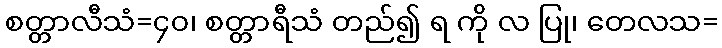
စတ္တာလီသံ=၄၀၊ စတ္တာရီသံ တည်၍ ရ ကို လ ပြု၊ တေလသ=